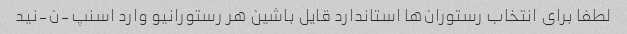
لطفا برای انتخاب رستوران‌ها استاندارد قایل باشین هر رستورانیو وارد اسنپ-ن-نید